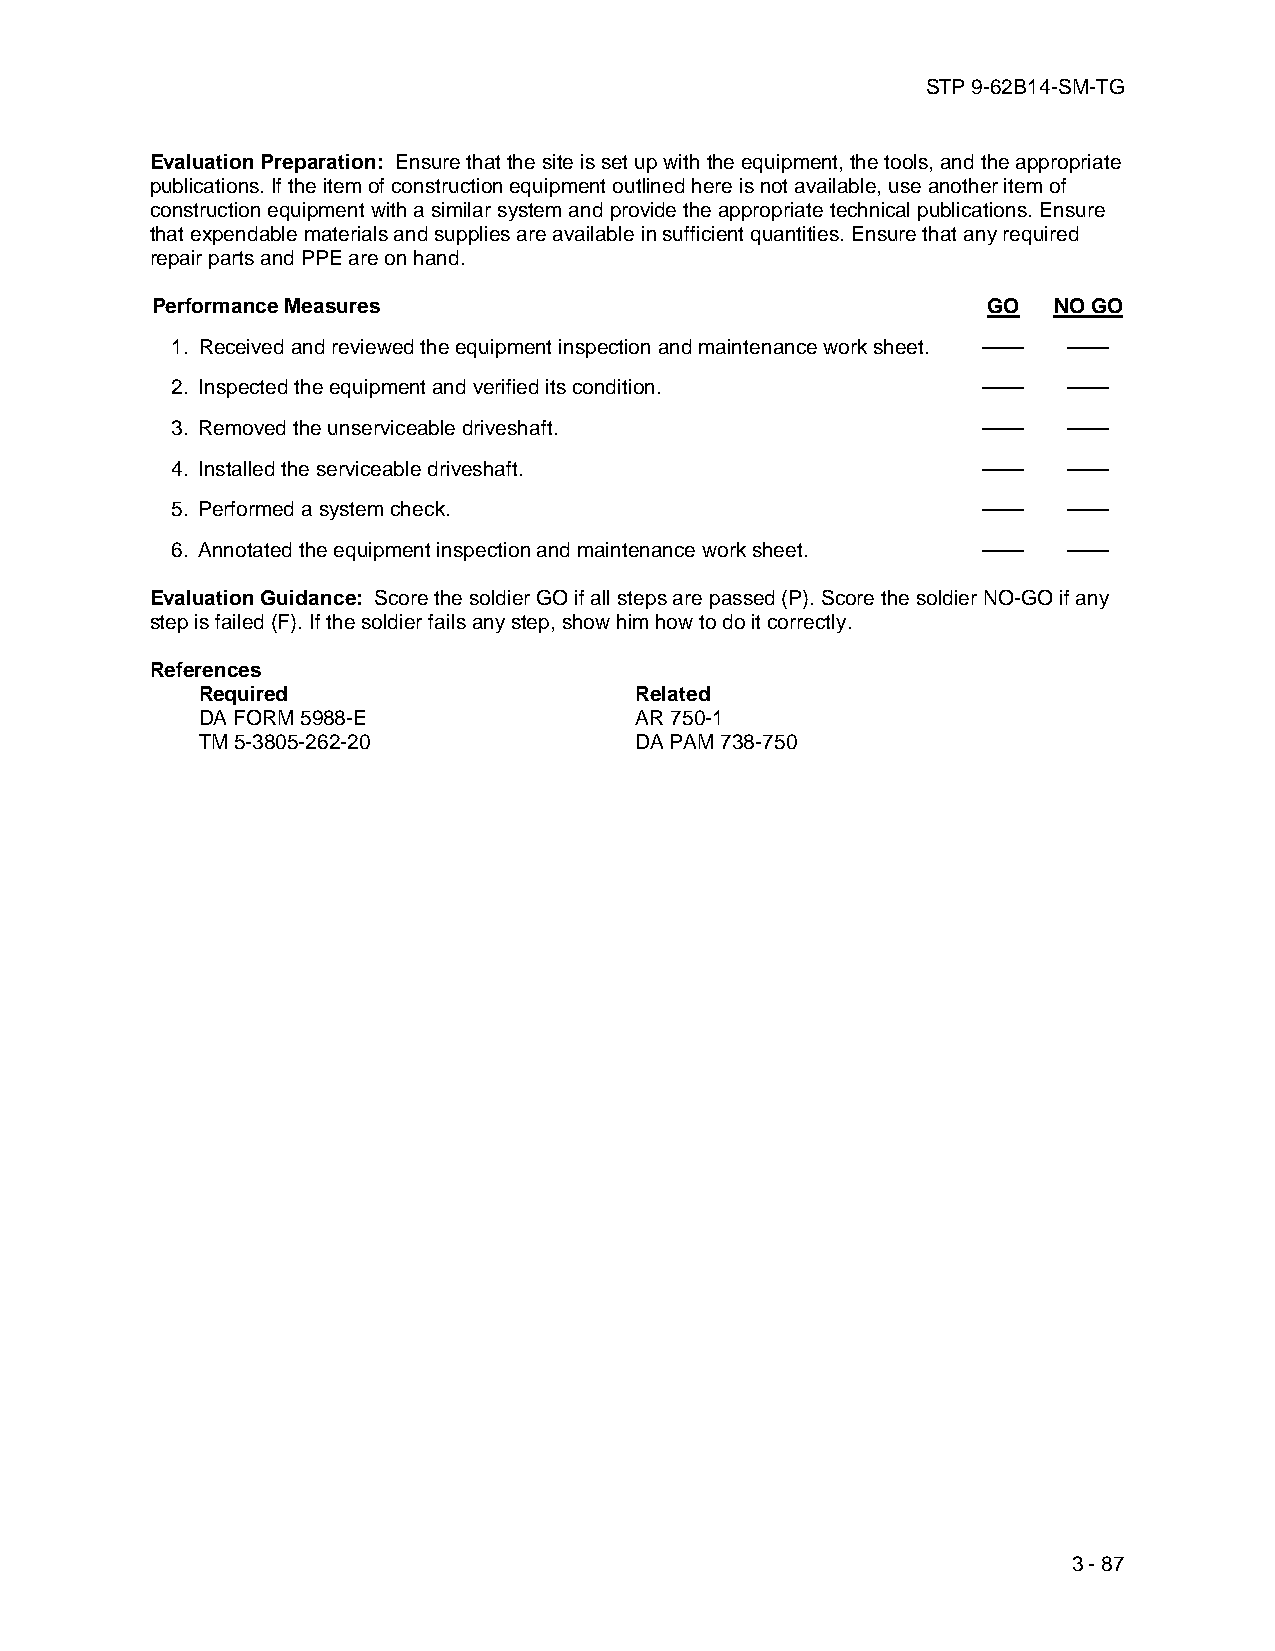
STP 9-62B14-SM-TG
 Evaluation Preparation: Ensure that the site is set up with the equipment, the tools, and the appropriate
 publications. If the item of construction equipment outlined here is not available, use another item of
 construction equipment with a similar system and provide the appropriate technical publications. Ensure
 that expendable materials and supplies are available in sufficient quantities. Ensure that any required
 repair parts and PPE are on hand.
 Performance Measures                                   GO   NO GO
 1. Received and reviewed the equipment inspection and maintenance work sheet. —— ——
 2. Inspected the equipment and verified its condition. ——   ——
 3. Removed the unserviceable driveshaft.              ——    ——
 4. Installed the serviceable driveshaft.              ——    ——
 5. Performed a system check.                          ——    ——
 6. Annotated the equipment inspection and maintenance work sheet. —— ——
 Evaluation Guidance: Score the soldier GO if all steps are passed (P). Score the soldier NO-GO if any
 step is failed (F). If the soldier fails any step, show him how to do it correctly.
 References
 Required                     Related
 DA FORM 5988-E               AR 750-1
 TM 5-3805-262-20             DA PAM 738-750
 3 - 87